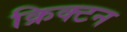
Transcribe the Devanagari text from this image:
क्रिक्टन